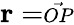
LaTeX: \mathbf{r}=\scriptstyle{\vec{OP}}